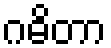
ဂဓိတာ